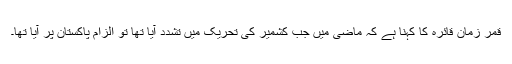
قمر زمان قائرہ کا کہنا ہے کہ ماضی میں جب کشمیر کی تحریک میں تشدد آیا تھا تو الزام پاکستان پر آیا تھا۔